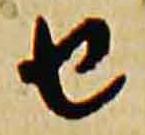
由